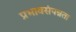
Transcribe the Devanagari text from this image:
प्रभावसंपन्नता